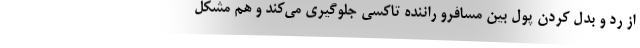
از رد و بدل کردن پول بین مسافرو راننده تاکسی جلوگیری می‌کند و هم مشکل